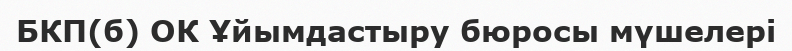
БКП(б) ОК Ұйымдастыру бюросы мүшелері